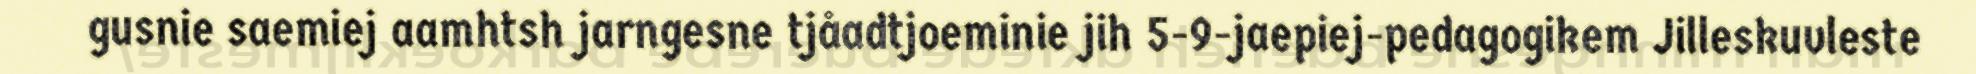
gusnie saemiej aamhtsh jarngesne tjåadtjoeminie jih 5-9-jaepiej-pedagogikem Jilleskuvleste